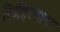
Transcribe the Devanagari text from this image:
लिहिल्यावर